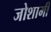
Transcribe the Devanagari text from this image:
जोशामी